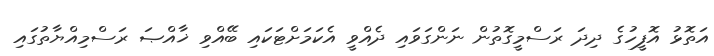
އަތޮޅު އޮފީހުގެ ދިދަ ރަސްމީގޮތުން ނަންގަވައި ދެއްވީ އެކަމަށްޓަކައި ބޭއްވި ޚާއްޞަ ރަސްމިއްޔާތުގައި